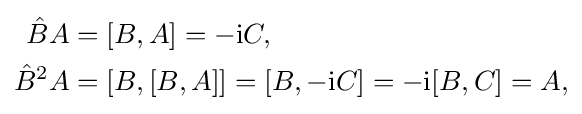
{\begin{aligned}{\hat {B}}A&=[B,A]=-\mathrm {i} C,\\{\hat {B}}^{2}A&=[B,[B,A]]=[B,-\mathrm {i} C]=-\mathrm {i} [B,C]=A,\end{aligned}}